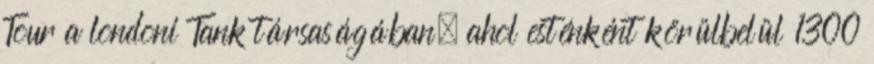
Tour a londoni Tank társaságában, ahol esténként körülbelül 1300